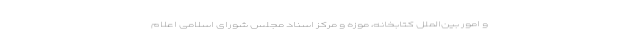
و امور بین‌الملل کتابخانه، موزه و مرکز اسناد مجلس شورای اسلامی اعلام